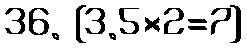
36. {3.5×2=7}